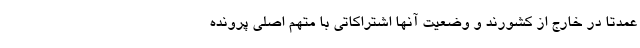
عمدتا در خارج از کشورند و وضعیت آنها اشتراکاتی با متهم اصلی پرونده